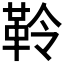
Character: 𩊂